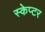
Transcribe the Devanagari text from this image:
स्केप्टर